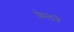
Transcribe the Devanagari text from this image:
फेलने